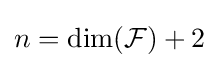
n=\dim({\mathcal {F}})+2